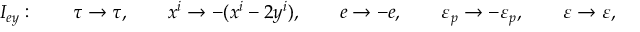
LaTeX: I _ { e y } : \qquad \tau \rightarrow \tau , \qquad x ^ { i } \rightarrow - ( x ^ { i } - 2 y ^ { i } ) , \qquad e \rightarrow - e , \qquad \varepsilon _ { p } \rightarrow - \varepsilon _ { p } , \qquad \varepsilon \rightarrow \varepsilon ,